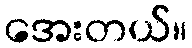
အေးတယ်။